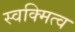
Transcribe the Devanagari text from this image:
स्वक्मित्व